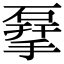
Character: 𥓨